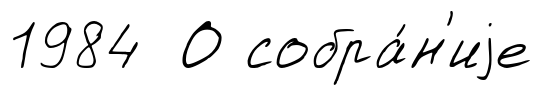
1984 О собра́н'иjе